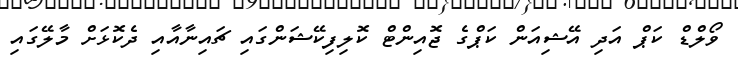
ވޯލްޑް ކަޕް އަދި އޭޝިއަން ކަޕްގެ ޖޮއިންޓް ކޮލިފިކޭޝަންގައި ޗައިނާއާއި ދެކޮޅަށް މާލޭގައި